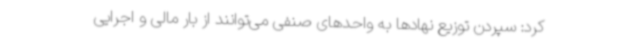
کرد: سپردن توزیع نهادها به واحدهای صنفی می‌توانند از بار مالی و اجرایی